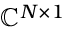
\mathbb { C } ^ { N \times 1 }